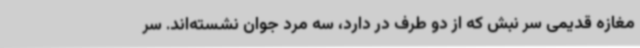
مغازه قدیمی سر نبش که از دو طرف در دارد، سه مرد جوان نشسته‌اند. سر